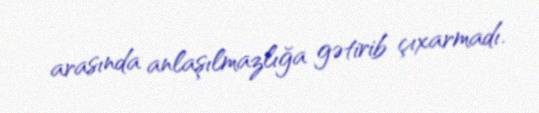
arasında anlaşılmazlığa gətirib çıxarmadı.